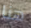
هنا